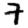
Digit: 7